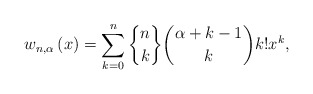
\begin{align*}w_{n,\alpha}\left( x\right) =\sum_{k=0}^{n}\genfrac{\{}{\}}{0pt}{}{n}{k}\binom{\alpha+k-1}{k}k!x^{k}, \end{align*}